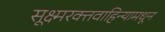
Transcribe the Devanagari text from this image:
सूक्ष्मरक्तवाहिन्यामधून